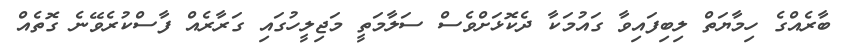
ބާރެއްގެ ހިމާޔަތް ލިބިފައިވާ ގައުމަކާ ދެކޮޅަށްވެސް ސަލާމަތީ މަޖިލީހުގައި ގަރާރެއް ފާސްކުރެވޭނެ ގޮތެއް